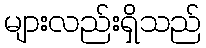
များလည်းရှိသည်